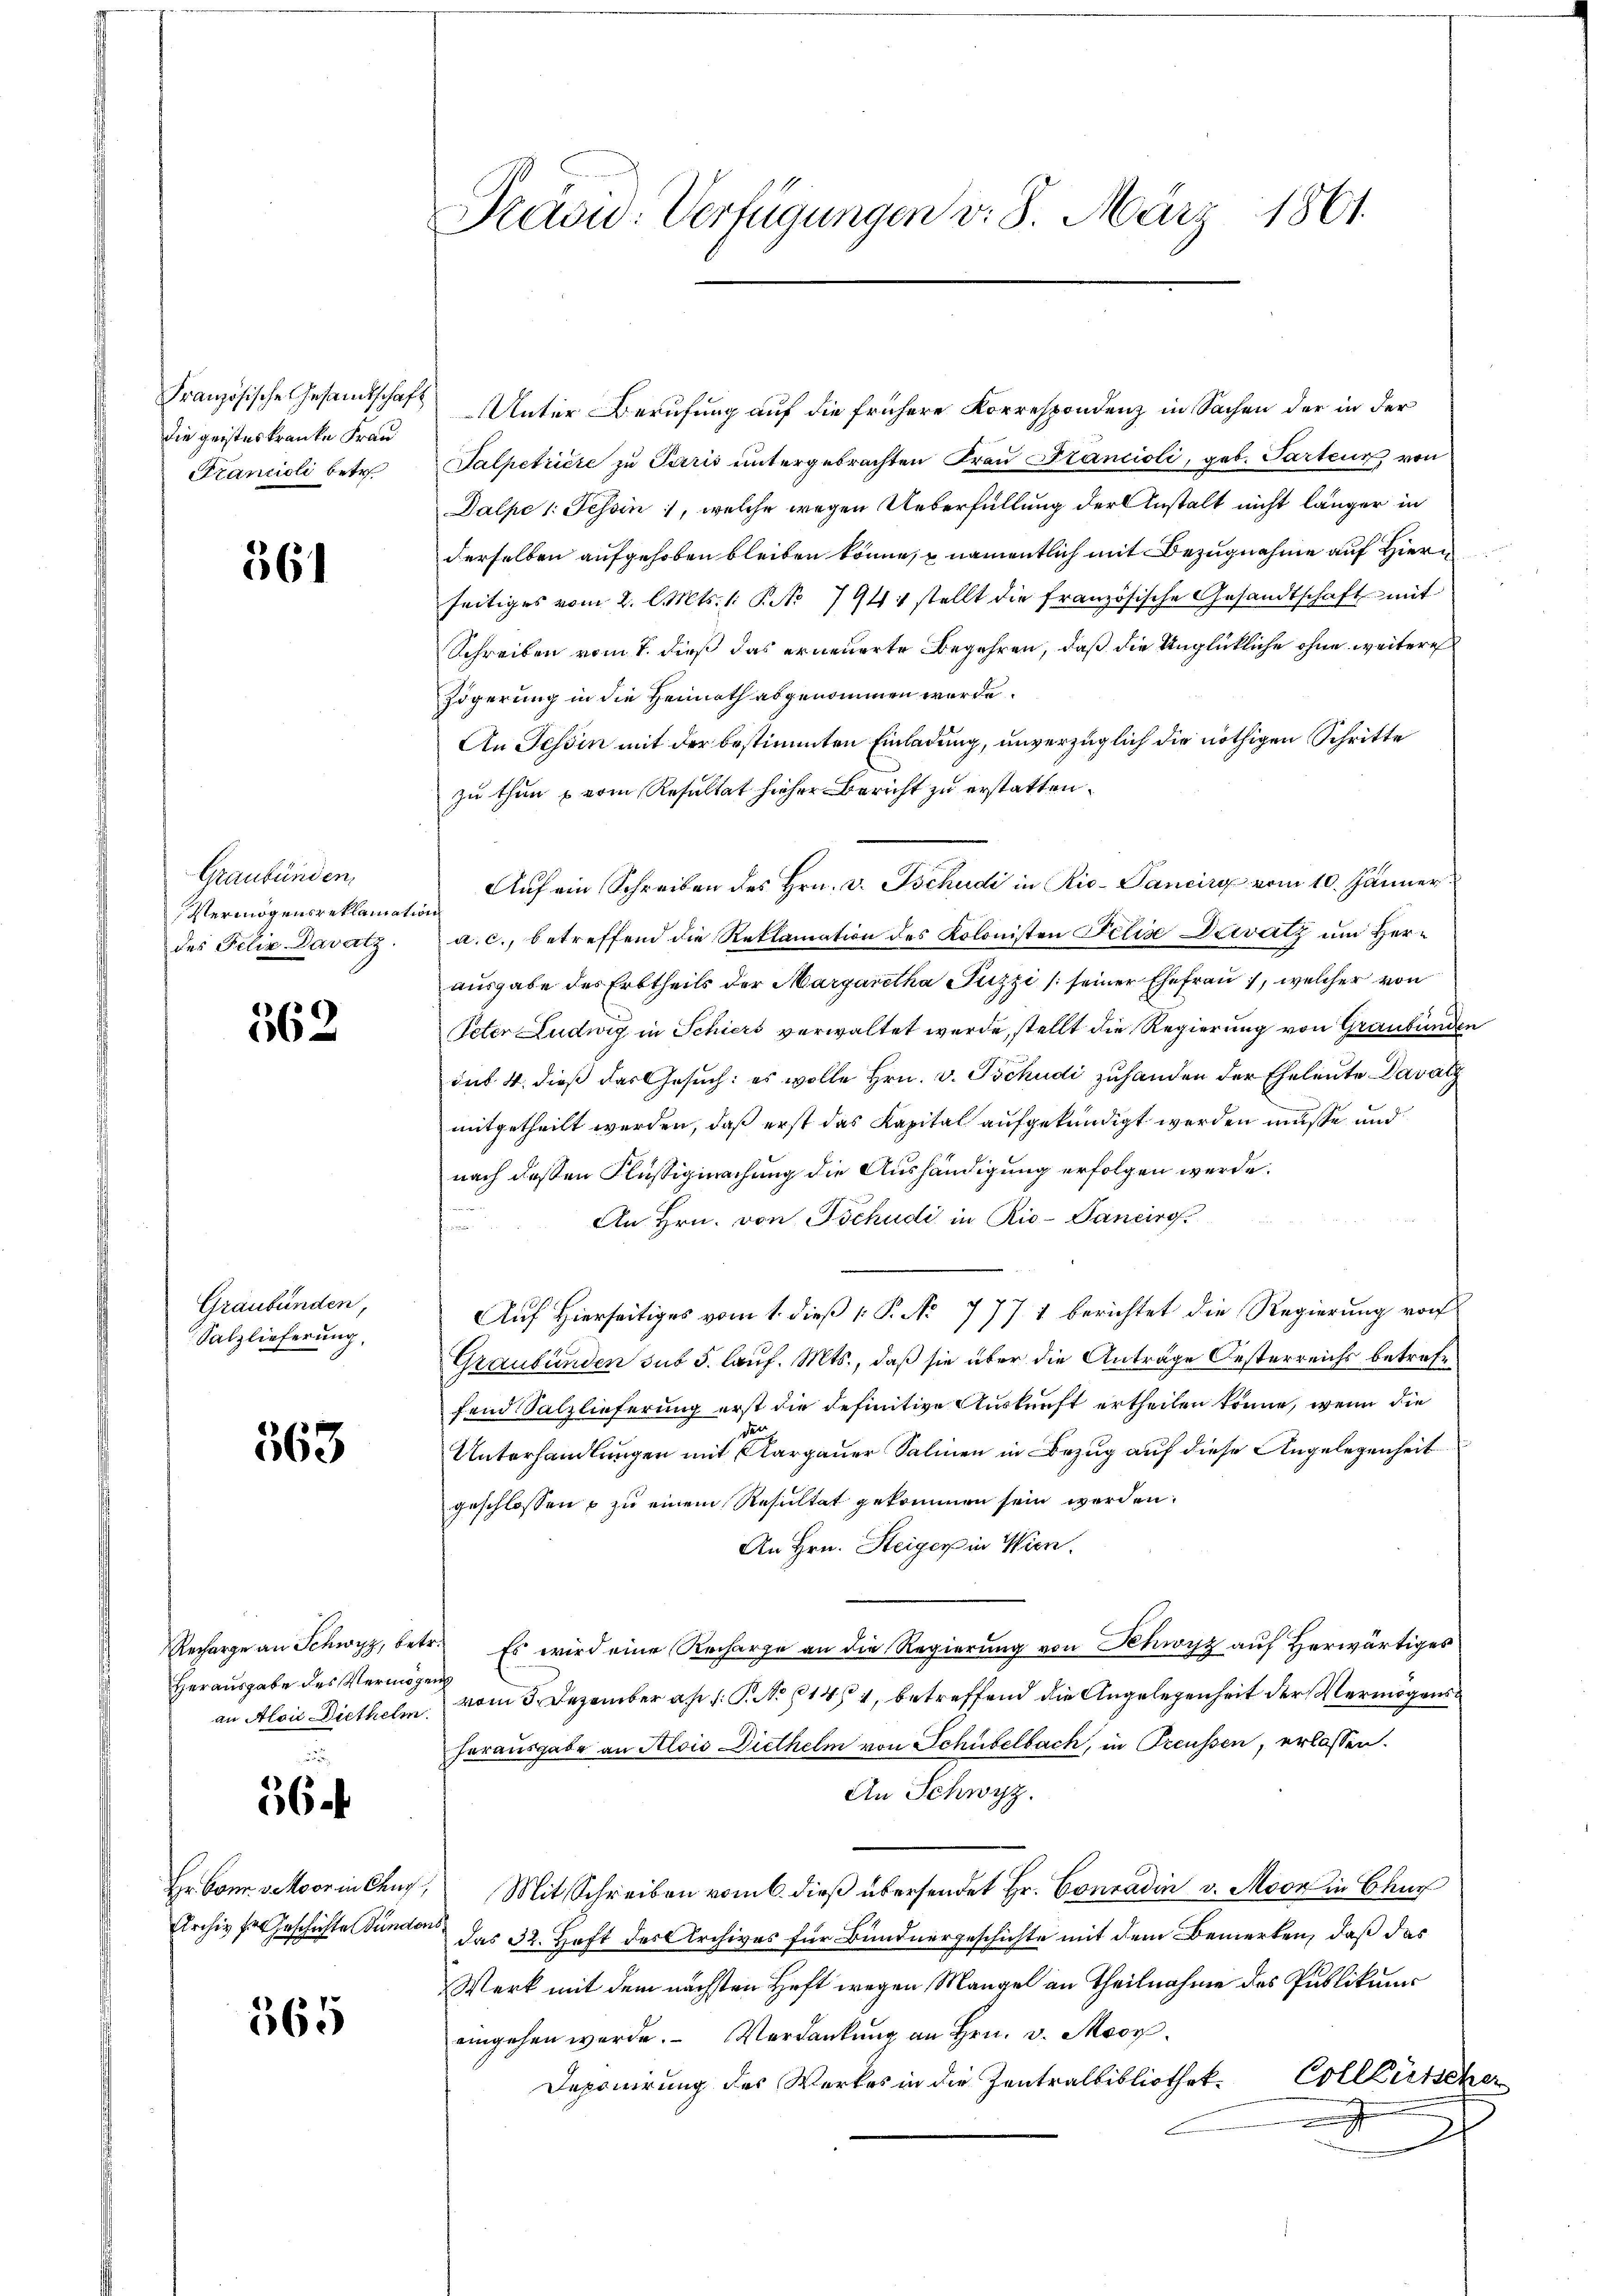
Französische Gesandtschaft
die geisteskranke Frau
Francioli betr.

561

Graubünden,
Vermögensreklamati
des Felix Davatz.

562

Graubünden,
Salzlieferung,

563

Recharge an Schwyz, bet¬
Herausgabe des Vermöge
an Alois Diethelm.

56

Hr. Conr. v. Moor in Chur
Archiv der Geschichte Bunde

565

Pravi: Verfügungen v. 8. März 1861.

Unter Berufung auf die frühere Korrespondenz in Sachen der in der
Salpetricte zu Paris untergebrachten Frau Stancioli, geb. Parten, von
Dalpe 1: Tessin, welche wegen Ueberfüllung der Anstalt nicht länger in
derselben aufgehoben bleiben könne, namentlich mit Bezugnahme auf Hiern
seitiges vom 2. l. Mts. 1. P. No 794 stellt die französische Gesandtschaft mit
Schreiben vom 1. dieß das erneuerte Begehren, daß die Unglückliche ohne weitere
zögerung in die Heimath abgenommen werde.
An Tessin mit der bestimmten Einladung, unverzüglich die nöthigen Schritte
zu thun vom Resultat hieher Bericht zu erstatten.
Aŭf ein Schreiben des Hrn. v. Tschudi in Rio-Pancirg vom 10. Jänner
a. c., betreffend die Reklamation des Kolonisten Filis Dervatz um Herausgabe des Erbtheils der Margaretha Fuzzi /:seiner Ehefrau, welcher von
Peter Ludwig in Schiers verwaltet werde, stellt die Regierung von Graubünden
dus 4. dieß das Gesuch: es wolle Hrn. v. Tschudi zuhanden der Eheleute Daratz
mitgetheilt werden, daß erst das Kapital aufgekündigt werden müsse und
nach dessen Flüssigmachung die Aushändigung erfolgen werde.
An Hrn. von Tschudi in Rio-Pancirg.
u
Auf Hierseitiges vom 1. dieß P. No 777 1 berichtet die Regierung von
Graubünden sub 5. lauf. Mts., daß sie über die Anträge Oesterreichs betrefefend Salzlieferung erst die definitive Auskunft ertheilen könne, wenn die
den
Unterhandlungen mit Aargauer Salinen in Bezug auf diese Angelegenheit
geschlossen & zu einem Resultat gekommen sein werden.
An Hrn. Steiger in Wien.
 Es wird eine Recharge an die Regierung von Khwyz auf Herwärtiges
ch
vom 3. Dezember a. 1. P. No 141, betreffend die Angelegenheit der Vermögens
horausgabe an Alois Diethelm von Schübelbach, in Preussen, erlassen.
An Schwyz.
Mit Schreiben vom 6. dieß übersendet Hr. Conradin v. Moor in Chur
das 32. Heft des Archives für Bundnergeschichte mit dem Bemerken, daß das
Werk mit dem nächsten Heft wegen Mangel an Theilnahme des Publikums
eingehen werde. Verdankung an Hrn. v. Moor¬
Deponirung des Werkes in die Zentralbibliothek-Colleütscher
.